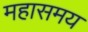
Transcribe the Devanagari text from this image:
महासमय